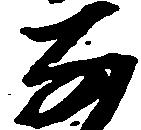
な